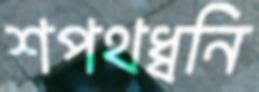
শপথধ্বনি